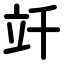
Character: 竏